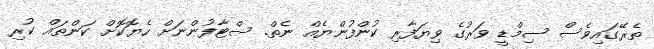
ތެރޭގައިވެސް ސިމްޑީ ވަރުގެ ވިޔަފާރި ކުންފުންޔެއް ނެތް. ސްޓާފުންނަށް ހެޔޮކޮށް ކަންތައް ކުރި